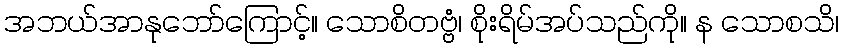
အဘယ်အာနုဘော်ကြောင့်။ သောစိတဗ္ဗံ၊ စိုးရိမ်အပ်သည်ကို။ န သောစသိ၊